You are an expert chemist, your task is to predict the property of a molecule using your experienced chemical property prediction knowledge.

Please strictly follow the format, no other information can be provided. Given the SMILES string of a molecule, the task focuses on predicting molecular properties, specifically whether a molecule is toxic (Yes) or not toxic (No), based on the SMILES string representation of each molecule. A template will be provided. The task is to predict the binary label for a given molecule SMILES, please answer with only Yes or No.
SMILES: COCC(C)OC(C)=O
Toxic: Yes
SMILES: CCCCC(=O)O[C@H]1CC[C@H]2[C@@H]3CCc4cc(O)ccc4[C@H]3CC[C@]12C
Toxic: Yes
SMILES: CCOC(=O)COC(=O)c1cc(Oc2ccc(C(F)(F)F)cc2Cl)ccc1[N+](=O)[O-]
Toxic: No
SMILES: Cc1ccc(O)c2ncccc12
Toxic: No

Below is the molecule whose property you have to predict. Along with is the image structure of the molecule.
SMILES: C=CC[C@@H]1C=C(C)C[C@H](C)C[C@H](OC)[C@H]2O[C@@](O)(C(=O)C(=O)N3CCCC[C@H]3C(=O)O[C@H](/C(C)=C/[C@@H]3CC[C@@H](O)[C@H](OC)C3)[C@H](C)[C@@H](O)CC1=O)[C@H](C)C[C@@H]2OC
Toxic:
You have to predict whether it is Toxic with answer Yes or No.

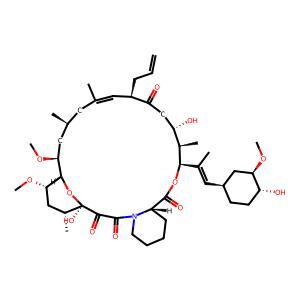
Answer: No